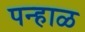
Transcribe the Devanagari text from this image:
पन्हाळ